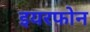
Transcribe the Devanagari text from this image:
इयरफोन